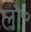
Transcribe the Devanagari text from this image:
लौ॰